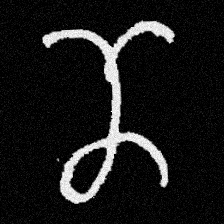
Pyu character \u2014 Myanmar letter: ဏ (romanized: nna)